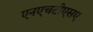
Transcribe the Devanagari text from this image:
एनएचटीएसए